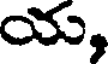
య,